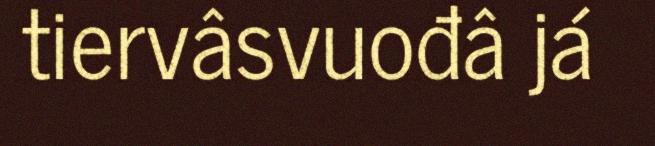
tiervâsvuođâ já